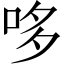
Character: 哆